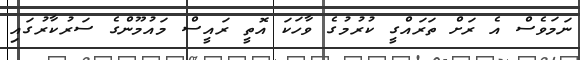
ނަމަވެސް އެ ރަށް ތަރައްގީ ކުރުމުގެ ވާހަކަ އޮތީ ރައީސް މައުމޫންގެ ސަރުކާރުގައި